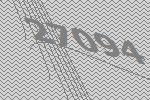
27094